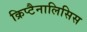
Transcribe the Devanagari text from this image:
क्रिप्टैनालिसिस